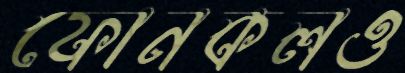
ফোনকলও